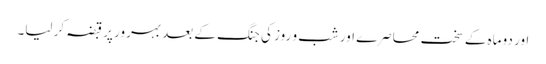
اور دو ماہ کے سخت محاصرے اور شب و روز کی جنگ کے بعد بہرور پر قبضہ کر لیا۔